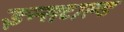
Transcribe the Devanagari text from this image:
इन्सटाल्ड